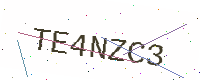
Text: TE4NZC3